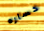
خساره